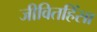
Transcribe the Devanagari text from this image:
जीवितहिंसा